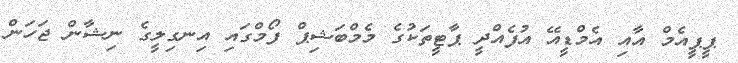
ޕީޕީއެމް އާއި އެމްޑީއޭ އުފެއްދީ ޕާޓީތަކުގެ މެމްބަޝިޕް ފޯމްގައި އިނގިލީގެ ނިޝާން ޖަހަން